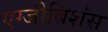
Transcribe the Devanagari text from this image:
एग्जीबिशंस